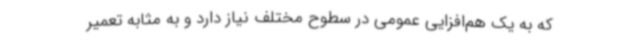
که به یک هم‌افزایی عمومی در سطوح مختلف نیاز دارد و به مثابه تعمیر